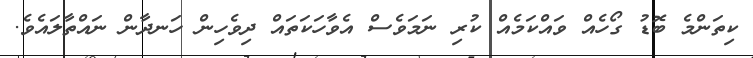
ކިތަންމެ ބޮޑު ގޯހެއް ވައްކަމެއް ކުރި ނަމަވެސް އެވާހަކަތައް ދިވެހިން ހަނދާން ނައްތާލައެވެ.